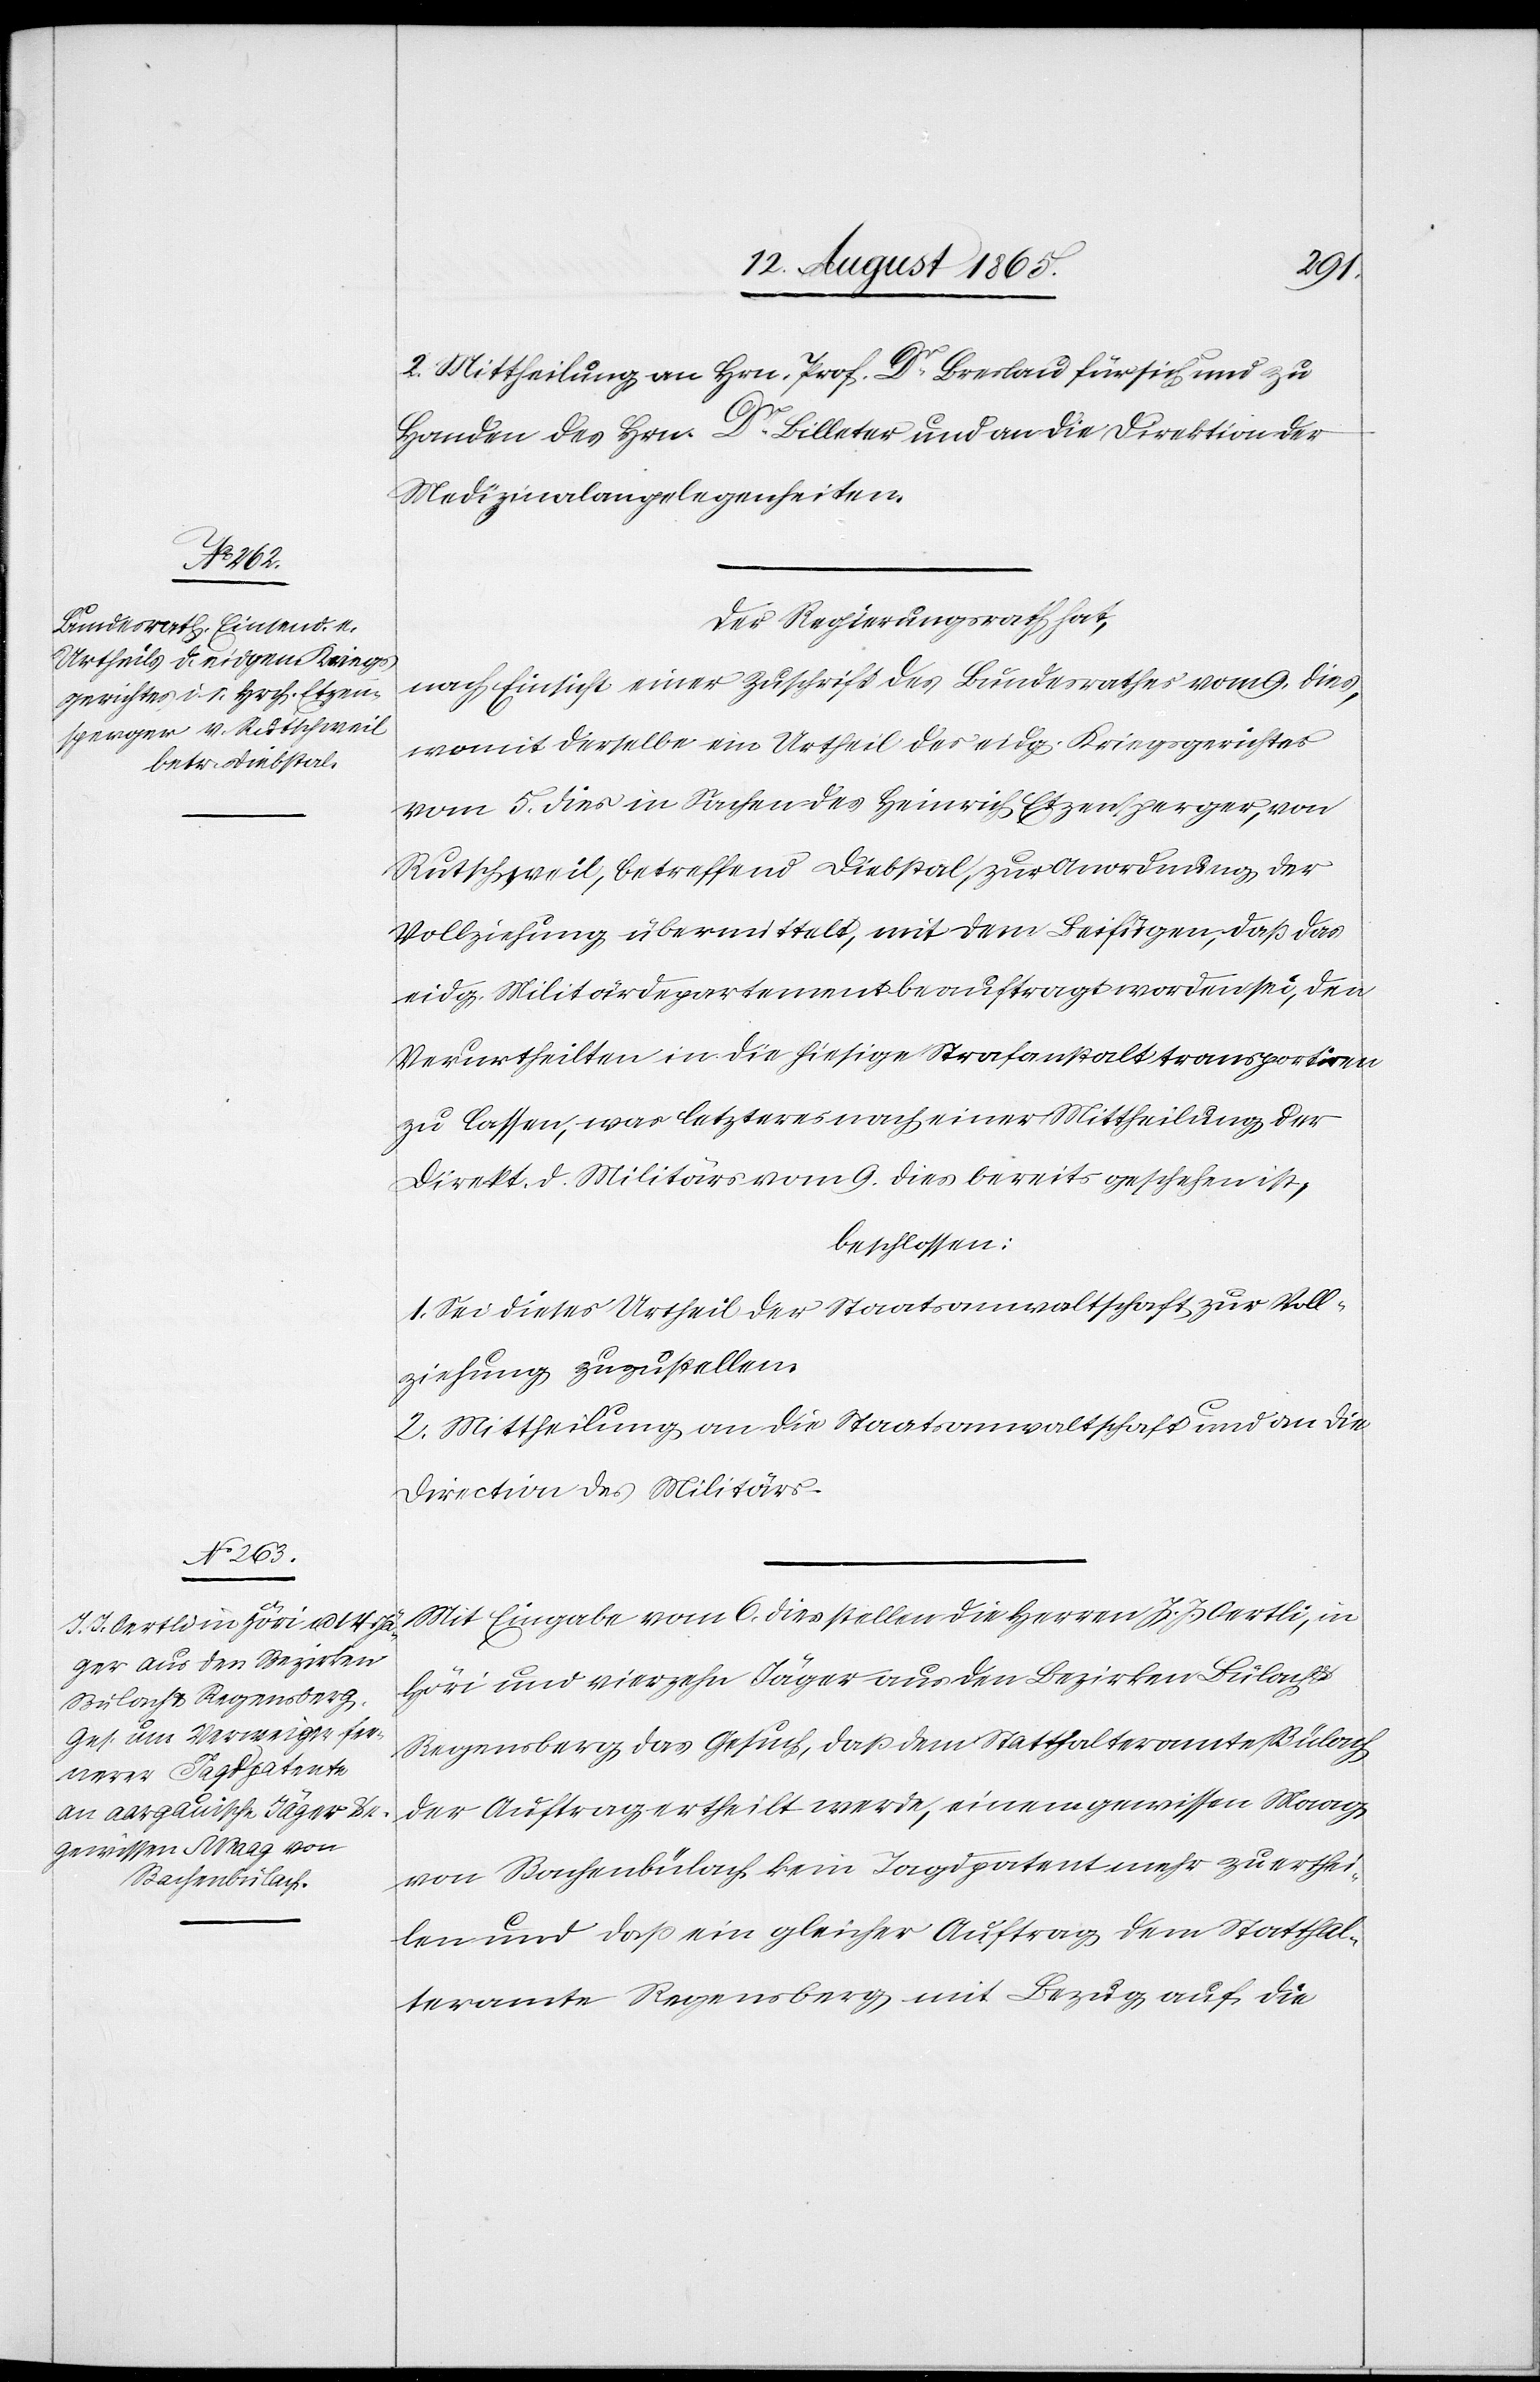
2. Mittheilung an Hrn. Prof. Dr Breslau für sich und zu
Handen des Hrn. Dr Billeter und an die Direktion der
Medizinalangelegenheiten.
Der Regierungsrath hat,
nach Einsicht einer Zuschrift des Bundesrathes vom 9. dies,
womit derselbe ein Urtheil der eidg. Kriegsgerichtes
vom 5. dies in Sachen des Heinrich Etzensperger, von
Rutschweil, betreffend Diebstal, zur Anordnung der
Vollziehung übermittelt, mit dem Beifügen, daß das
eidg. Miltiärdepartement beauftragt worden sei, den
Verurtheilten in die hiesige Strafanstalt transportiren
zu lassen, was letzteres nach einer Mittheilung der
Direkt. d. Militärs vom 9. dies bereits geschehen ist,
beschlossen:
1. Sei dieses Urtheil der Staatsanwaltschaft zur Voll¬
ziehung zuzustellen.
2. Mittheilung an die Staatsanwaltschaft und an die
Direction des Militärs.
Mit Eingabe vom 6. dies stellen die Herren J. J. Oertli, in
Höri und vierzehn Jäger aus den Bezirken Bülach
Regensberg das Gesuch, daß dem Statthalteramte Bülach
der Auftrag ertheilt werde, einen gewissen Maag,
von Bachenbülach kein Jagdpatent mehr zu erthei¬
len und daß ein gleicher Auftrag dem Statthal¬
teramte Regensberg mit Bezug auf die